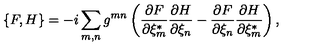
\{ F , H \} = - i \sum _ { m , n } g ^ { m n } \left( \frac { \partial F } { \partial \xi _ { m } ^ { * } } \frac { \partial H } { \partial \xi _ { n } } - \frac { \partial F } { \partial \xi _ { n } } \frac { \partial H } { \partial \xi _ { m } ^ { * } } \right) ,